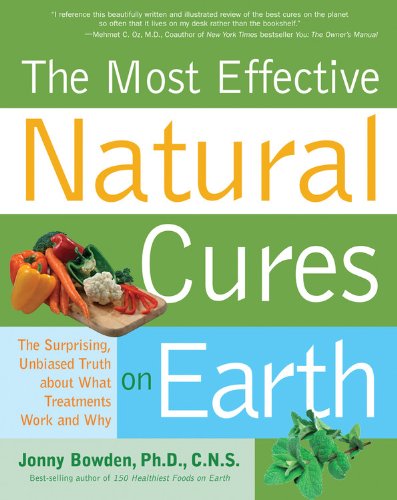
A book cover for Most Effective Natural Cures on Earth: The Surprising Unbiased Truth about What Treatments Work and Why; Jonny Bowden; Health, Fitness & Dieting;